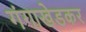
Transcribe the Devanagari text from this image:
गंगाखेडकर